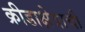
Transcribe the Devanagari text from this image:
क्रीडाक्षेत्राची